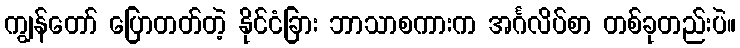
ကျွန်တော် ပြောတတ်တဲ့ နိုင်ငံခြား ဘာသာစကားက အင်္ဂလိပ်စာ တစ်ခုတည်းပဲ။